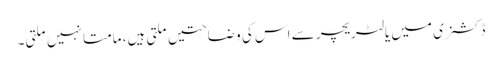
ڈکشنری میں یا لٹریچر سے اس کی وضاحتیں ملتی ہیں، مامتا نہیں ملتی۔